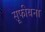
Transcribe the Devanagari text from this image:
सूफीयना